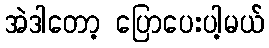
အဲဒါတော့ ပြောပေးပါ့မယ်